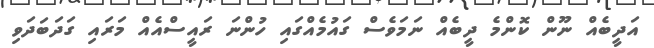
އަދީބެއް ނޫން ކޮންމެ ދީބެއް ނަމަވެސް ގައުމެއްގައި ހުންނަ ރައީސްއެއް މަރައި ގަދަބަދަވި